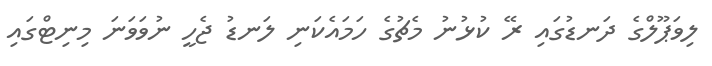
ލިވަޕޫލްގެ ދަނޑުގައި ރޭ ކުޅުނު މެޗުގެ ހަމައެކަނި ލަނޑު ޖެހީ ނުވަވަނަ މިނިޓްގައި